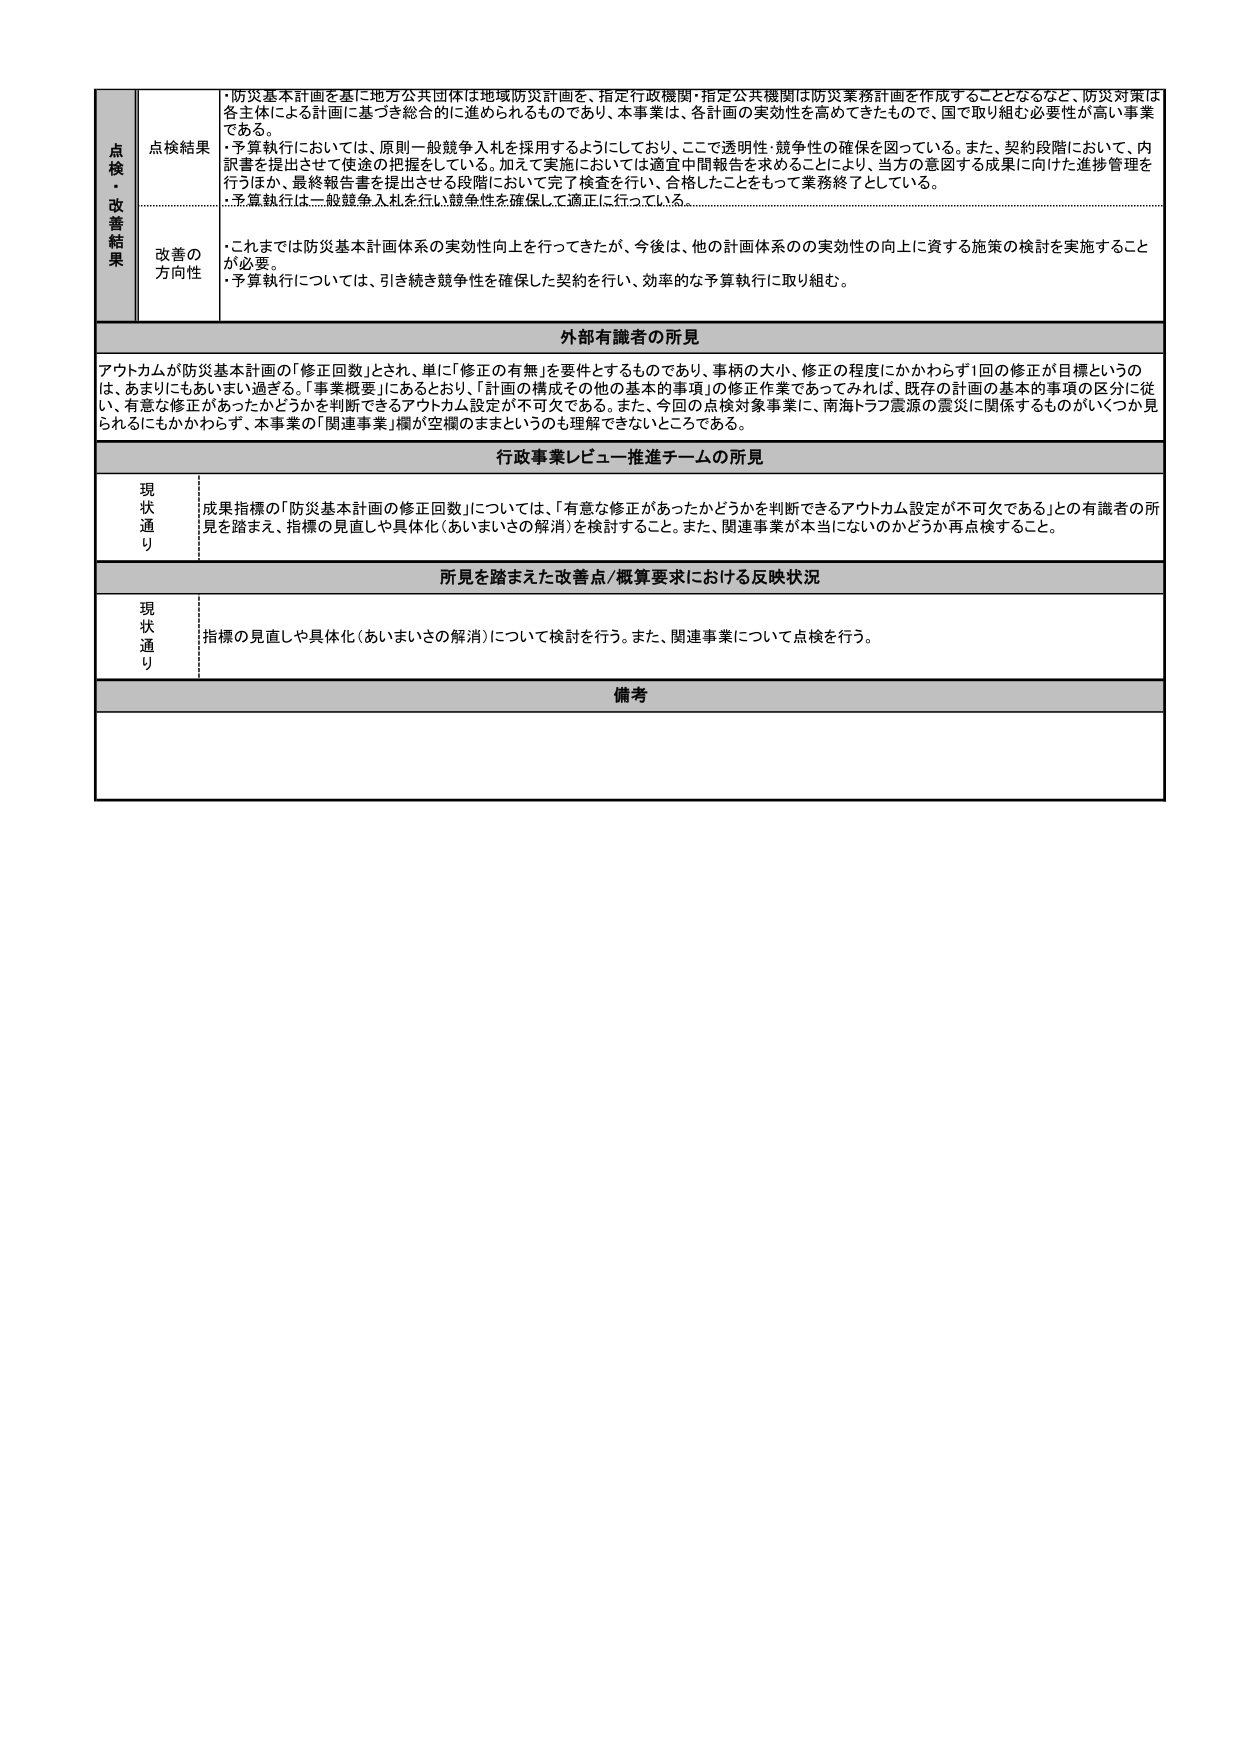
点検・改善結果
点検結果
・防災基本計画を基に地方公共団体は地域防災計画を、指定行政機関・指定公共機関は防災業務計画を作成することとなるなど、防災対策は各主体による計画に基づき総合的に進められるものであり、本事業は、各計画の実効性を高めてきたもので、国で取り組む必要性が高い事業である。
・予算執行においては、原則一般競争入札を採用するようにしており、ここで透明性・競争性の確保を図っている。また、契約段階において、内訳書を提出させて便益の把握をしている。加えて実施においては適宜中間報告を求めることにより、当方の意図する成果に向けた進捗管理を行うほか、最終報告書を提出させる段階において完了検査を行い、合格したことをもって業務終了としている。
・予算執行は一般競争入札を行い競争性を確保して適正に行っている。

改善の方向性
・これまでは防災基本計画体系の実効性向上を行ってきたが、今後は、他の計画体系の実効性の向上に資する施策の検討を実施することが必要。
・予算執行については、引き続き競争性を確保した契約を行い、効率的な予算執行に取り組む。

外部有識者の所見
アウトカムが防災基本計画の「修正回数」とされ、単に「修正の有無」を要件とするものであり、事柄の大小、修正の程度にかかわらず1回の修正が目標というのは、あまりにもあいまい過ぎる。「事業概要」にあるとおり、「計画の構成その他の基本的事項」の修正作業であってみれば、既存の計画の基本的事項の区分に従い、有意な修正があったかどうかを判断できるアウトカム設定が不可欠である。また、今回の点検対象事業に、南海トラフ震源の震災に関係するものがいくつか見られるにもかかわらず、本事業の「関連事業」欄が空欄のままというのも理解できないところである。

行政事業レビュー推進チームの所見
現状通り
成果指標の「防災基本計画の修正回数」については、「有意な修正があったかどうかを判断できるアウトカム設定が不可欠である」との有識者の所見を踏まえ、指標の見直しや具体化（あいまいさの解消）を検討すること。また、関連事業が本当にないかどうか再点検すること。

所見を踏まえた改善点／概算要求における反映状況
現状通り
指標の見直しや具体化（あいまいさの解消）について検討を行う。また、関連事業について点検を行う。

備考